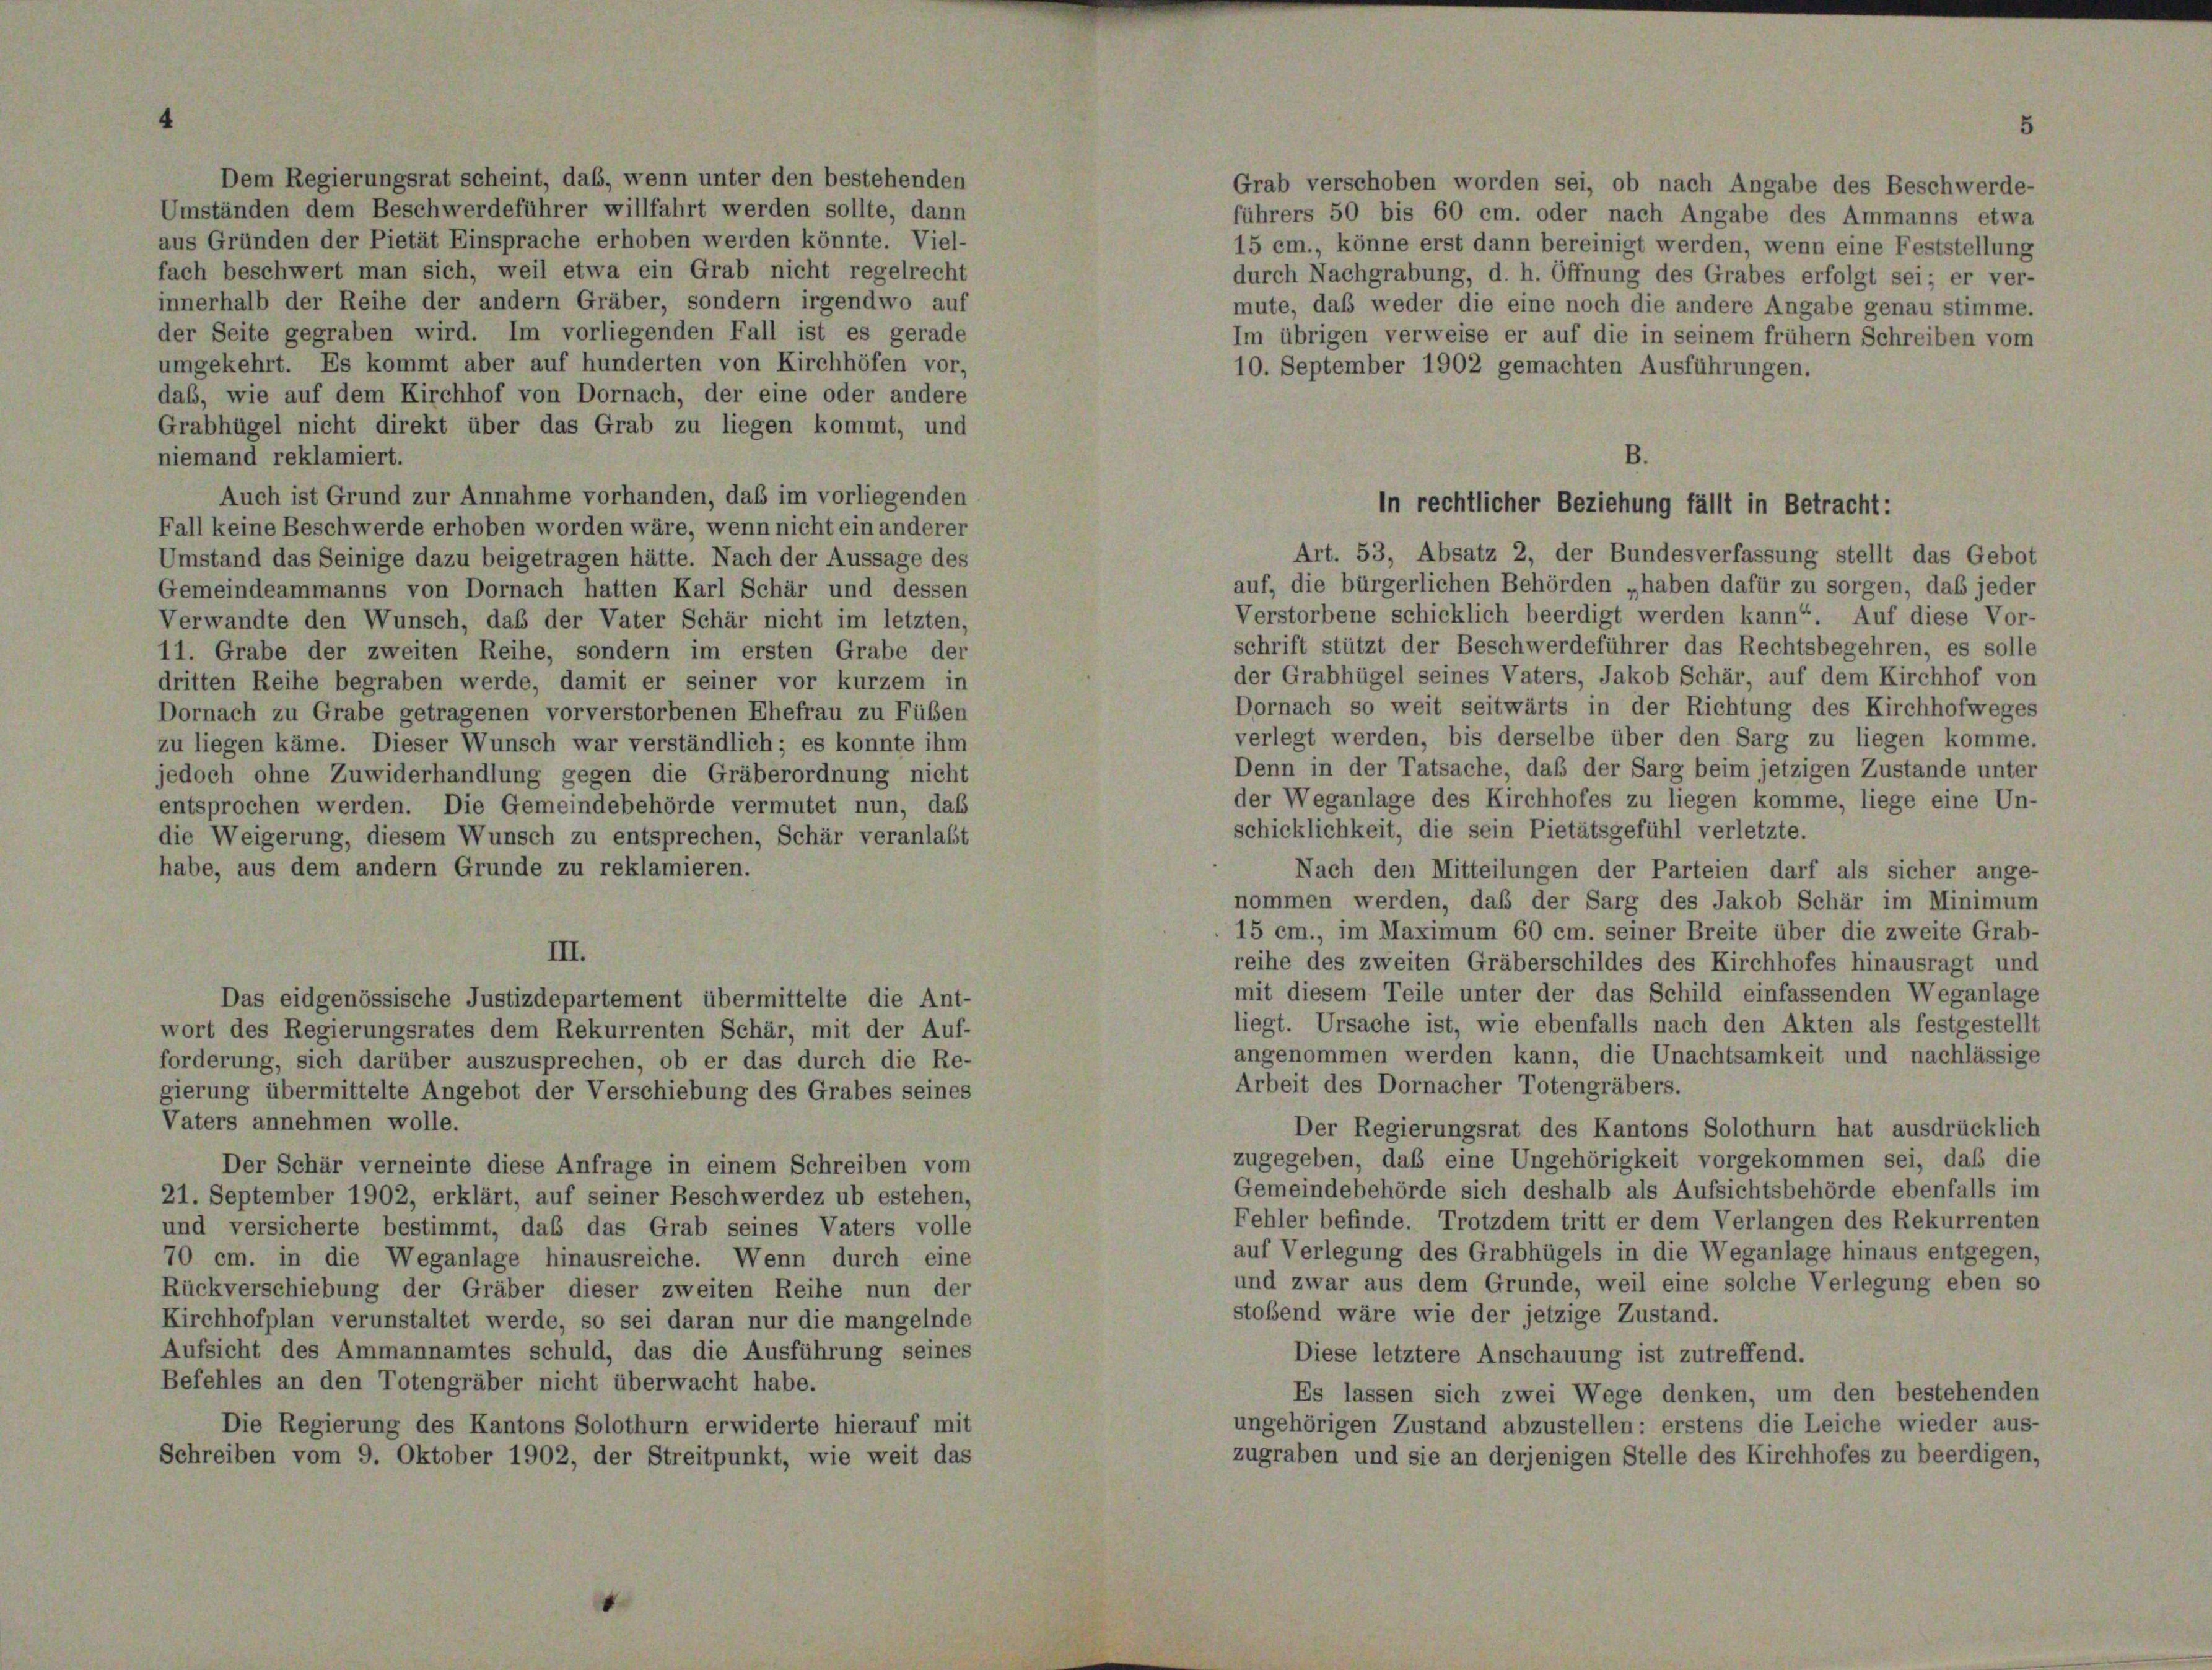
Dem Regierungsrat scheint, das, wenn unter den bestehenden
Umständen dem Beschwerdeführer willfahrt werden sollte, dann
aus Gründen der Pietät Einsprache erhoben werden könnte. Viel-
fach beschwert man sich, weil etwa ein Grab nicht regelrecht
innerhalb der Reihe der andern Gräber, sondern irgendwo auf
der Seite gegraben wird. Im vorliegenden Fall ist es gerade
umgekehrt. Es kommt aber auf hunderten von Kirchhöfen vor,
daß, wie auf dem Kirchhof von Dornach, der eine oder andere
Grabhügel nicht direkt über das Grab zu liegen kommt, und
niemand reklamiert.
Auch ist Grund zur Annahme vorhanden, daß im vorliegenden
Fall keine Beschwerde erhoben worden wäre, wenn nicht ein anderer
Umstand das Seinige dazu beigetragen hätte. Nach der Aussage des
Gemeindeammanns von Dornach hatten Karl Schär und dessen
Verwandte den Wunsch, daß der Vater Schär nicht im letzten,
11. Grabe der zweiten Reihe, sondern im ersten Grabe der
dritten Reihe begraben werde, damit er seiner vor kurzem in
Dornach zu Grabe getragenen vorverstorbenen Ehefrau zu Füßen
zu liegen käme. Dieser Wunsch war verständlich; es konnte ihm
jedoch ohne Zuwiderhandlung gegen die Gräberordnung nicht
entsprochen werden. Die Gemeindebehörde vermutet nun, daß
die Weigerung, diesem Wunsch zu entsprechen, Schär veranlaßt
habe, aus dem andern Grunde zu reklamieren.

Das eidgenössische Justizdepartement übermittelte die Ant-
wort des Regierungsrates dem Rekurrenten Schär, mit der Auf-
forderung, sich darüber auszusprechen, ob er das durch die Re-
gierung übermittelte Angebot der Verschiebung des Grabes seines
Vaters annehmen wolle.
Der Schär verneinte diese Anfrage in einem Schreiben vom
21. September 1902, erklärt, auf seiner Beschwerdez ub estehen,
und versicherte bestimmt, daß das Grab seines Vaters volle
70 cm. in die Weganlage hinausreiche. Wenn durch eine
Rückverschiebung der Gräber dieser zweiten Reihe nun der
Kirchhofplan verunstaltet werde, so sei daran nur die mangelnde
Aufsicht des Ammannamtes schuld, das die Ausführung seines
Befehles an den Totengräber nicht überwacht habe.
Die Regierung des Kantons Solothurn erwiderte hierauf mit
Schreiben vom 9. Oktober 1902, der Streitpunkt, wie weit das

Grab verschoben worden sei, ob nach Angabe des Bes
führers 50 bis 60 cm. oder nach Angabe des Ammanns etwa
15 cm., könne erst dann bereinigt werden, wenn eine Feststellung
durch Nachgrabung, d. h. Öffnung des Grabes erfolgt sei; er ver-
mute, daß weder die eine noch die andere Angabe genau stimme.
Im übrigen verweise er auf die in seinem frühem Schre
10. September 1902 gemachten Ausführungen.

n rechtlicher Beziehung fällt in B

Art. 53, Absatz 2, der Bundesverfassung stellt das Gebot
auf, die bürgerlichen Behörden „haben dafür zu sorgen, daß jeder
Verstorbene schicklich beerdigt werden kann“. Auf diese Vor-
schrift stützt der Beschwerdeführer das Rechtsbegehren, es solle
der Grabhügel seines Vaters, Jakob Schär, auf dem Kirchhof von
Dornach so weit seitwärts in der Richtung des Kirchhofweges
verlegt werden, bis derselbe über den Sarg zu liegen komme.
Denn in der Tatsache, daß der Sarg beim jetzigen Zustande unter
der Weganlage des Kirchhofes zu liegen komme, liege eine Un-
schicklichkeit, die sein Pietätsgefühl verletzte.
Nach den Mitteilungen der Parteien darf als sicher ange-
nommen werden, daß der Sarg des Jakob Schär im Minimum
15 cm., im Maximum 60 cm. seiner Breite über die zweite Grab-
reihe des zweiten Gräberschildes des Kirchhofes hinausragt und
mit diesem Teile unter der das Schild einfassenden Weganlage
liegt. Ursache ist, wie ebenfalls nach den Akten als festgestellt
angenommen werden kann, die Unachtsamkeit und nachlässige
Arbeit des Dornacher Totengräbers.
Der Regierungsrat des Kantons Solothurn hat ausdrücklich
zugegeben, daß eine Ungehörigkeit vorgekommen sei, daß die
Gemeindebehörde sich deshalb als Aufsichtsbehörde ebenfalls im
Fehler befinde. Trotzdem tritt er dem Verlangen des Rekurrenten
auf Verlegung des Grabhügels in die Weganlage hinaus entgegen,
und zwar aus dem Grunde, weil eine solche Verlegung eben so
stobend wäre wie der jetzige Zustand.
Diese letztere Anschauung ist zutreffend.
Es lassen sich zwei Wege denken, um den bestehenden
ungehörigen Zustand abzustellen: erstens die Leiche wieder aus-
zugraben und sie an derjenigen Stelle des Kirchhofes zu beerdigen,